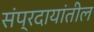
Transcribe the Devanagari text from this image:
संप्रदायांतील